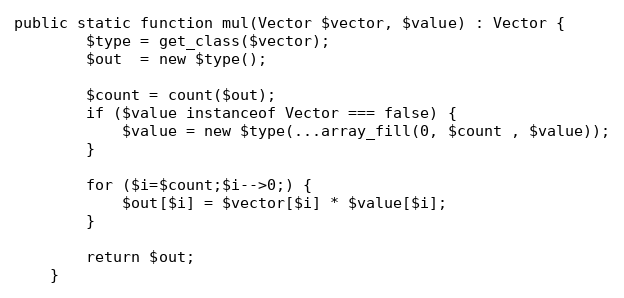
Language: PHP
public static function mul(Vector $vector, $value) : Vector {
        $type = get_class($vector);
        $out  = new $type();

        $count = count($out);
        if ($value instanceof Vector === false) {
            $value = new $type(...array_fill(0, $count , $value));
        }

        for ($i=$count;$i-->0;) {
            $out[$i] = $vector[$i] * $value[$i];
        }

        return $out;
    }